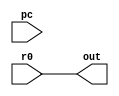
module jr(r0,pc,out);
input [31:0] r0,pc;
output reg [31:0] out;

always @* begin
out=r0;
end

endmodule